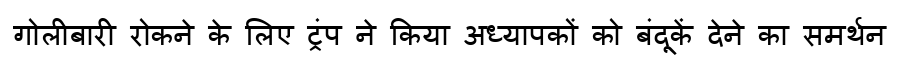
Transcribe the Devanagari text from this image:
गोलीबारी रोकने के लिए ट्रंप ने किया अध्यापकों को बंदूकें देने का समर्थन